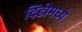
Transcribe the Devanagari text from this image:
दिंडीमध्ये